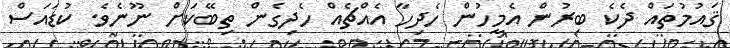
ޤައުމުތައް ދެކެ ބިރުން އެމީހުން ހެދިހާ އެއްޗެއް ހެދިގެން ތިބޭކަށް ނޫނެވެ. ކުޑައަސް